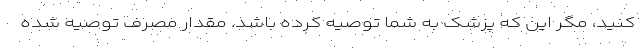
کنید، مگر این که پزشک به شما توصیه کرده باشد. مقدار مصرف توصیه شده